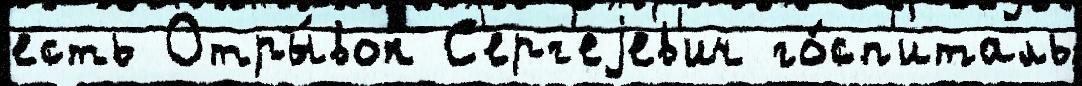
есть Отры́вок С'ерг'еjев'ич го́сп'италь